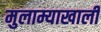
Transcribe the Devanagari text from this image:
मुलाम्याखाली